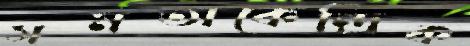
সমতাকেন্দ্রিক